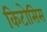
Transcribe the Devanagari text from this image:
किटोसिस